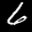
Label: 6